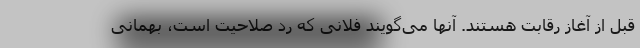
قبل از آغاز رقابت هستند. آنها می‌گویند فلانی که رد صلاحیت است، بهمانی